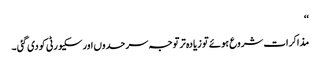
‘‘
مذاکرات شروع ہوئے تو زیادہ تر توجہ سرحدوں اور سکیورٹی کو دی گئی ۔